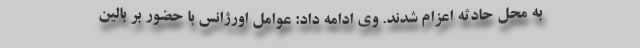
به محل حادثه اعزام شدند. وی ادامه داد: عوامل اورژانس با حضور بر بالین